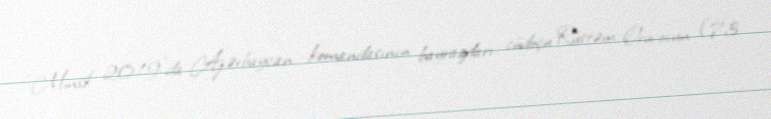
“Minsk 2019”da Azərbaycan komandasının bayraqdarı cüdoçu Rüstəm Orucovun (73